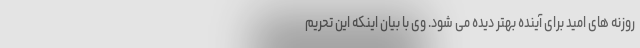
روزنه های امید برای آینده بهتر دیده می شود. وی با بیان اینکه این تحریم